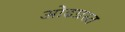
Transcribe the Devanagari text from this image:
ओढग्रस्त